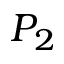
P _ { 2 }